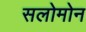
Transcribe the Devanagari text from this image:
सलोमोन